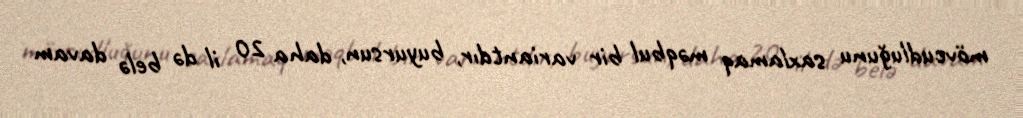
mövcudluğunu saxlamaq məqbul bir variantdır, buyursun, daha 20 il də belə davam